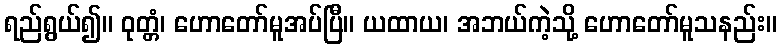
ရည်ရွယ်၍။ ဝုတ္တံ၊ ဟောတော်မူအပ်ပြီ။ ယထာယ၊ အဘယ်ကဲ့သို့ ဟောတော်မူသနည်း။